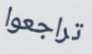
تراجعوا